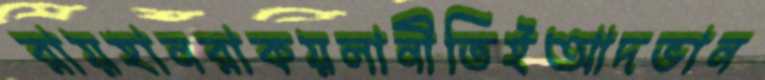
রায়হানরাকয়লানীতিইআদভান